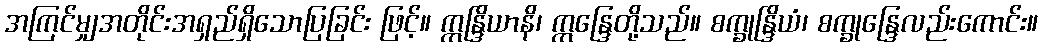
အကြင်မျှအတိုင်းအရှည်ရှိသောပြခြင်း ဖြင့်။ ဣန္ဒြိယာနိ၊ ဣန္ဒြေတို့သည်။ စက္ခုန္ဒြိယံ၊ စက္ခုန္ဒြေလည်းကောင်း။